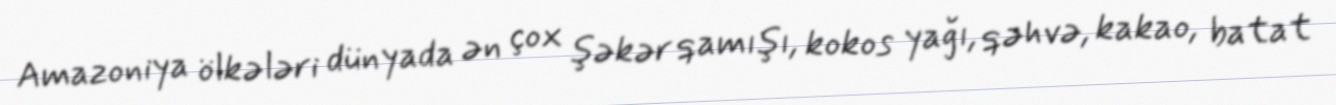
Amazoniya ölkələri dünyada ən çox şəkər qamışı, kokos yağı, qəhvə, kakao, batat